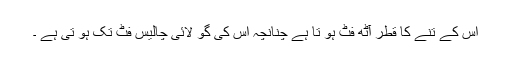
اس کے تنے کا قطر آٹھ فٹ ہو تا ہے چنانچہ اس کی گو لائی چالیس فٹ تک ہو تی ہے ۔